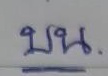
บน